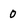
Character: 0